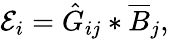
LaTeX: \mathcal{E}_{i}=\hat{G}_{ij}*\overline{{B}}_{j},